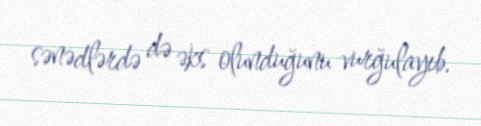
sənədlərdə də əks olunduğunu vurğulayıb.